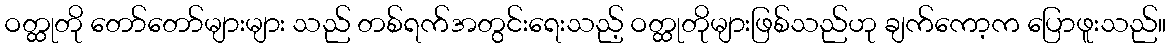
ဝတ္ထုတို တော်တော်များများ သည် တစ်ရက်အတွင်းရေးသည့် ဝတ္ထုတိုများဖြစ်သည်ဟု ချက်ကော့က ပြောဖူးသည်။